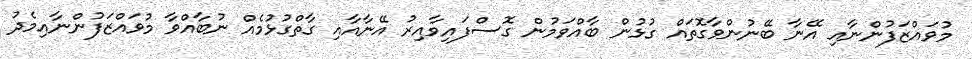
މުވައްޒަފުންނާއި އޭނާ ބޭނުންވާގޮތައް ގުޅުން ބާއްވަމުން ގޮސްފައިވާއިރު އޭނާއާއި ގާތްގުޅުމެއް ނުބާއްވާ މުވައްޒަފުންނާއިމެދު